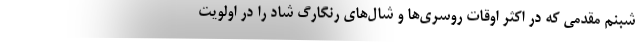
شبنم مقدمی که در اکثر اوقات روسری‌ها و شال‌های رنگارگ شاد را در اولویت